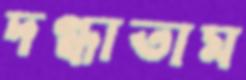
দগ্ধাতাম